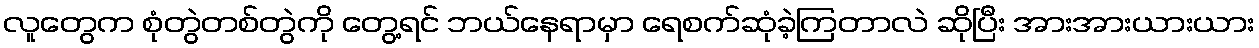
လူတွေက စုံတွဲတစ်တွဲကို တွေ့ရင် ဘယ်နေရာမှာ ရေစက်ဆုံခဲ့ကြတာလဲ ဆိုပြီး အားအားယားယား